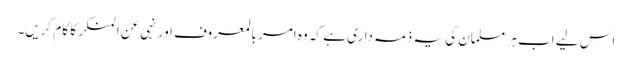
اس لیے اب ہر مسلمان کی یہ ذمہ داری ہے کہ وہ امر بالمعروف اور نہی عن المنکر کا کام کریں۔